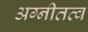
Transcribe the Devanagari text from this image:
अग्नीतत्व